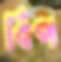
বিপ